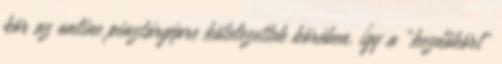
kör az online pénztárgépre kötelezettek körében, így a "kezdőkört"